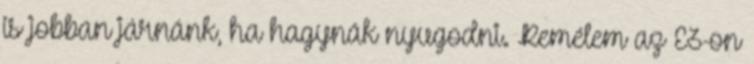
is jobban járnánk, ha hagynák nyugodni. Remélem az E3-on